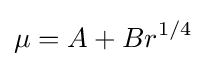
\mu =A+Br^{1/4}